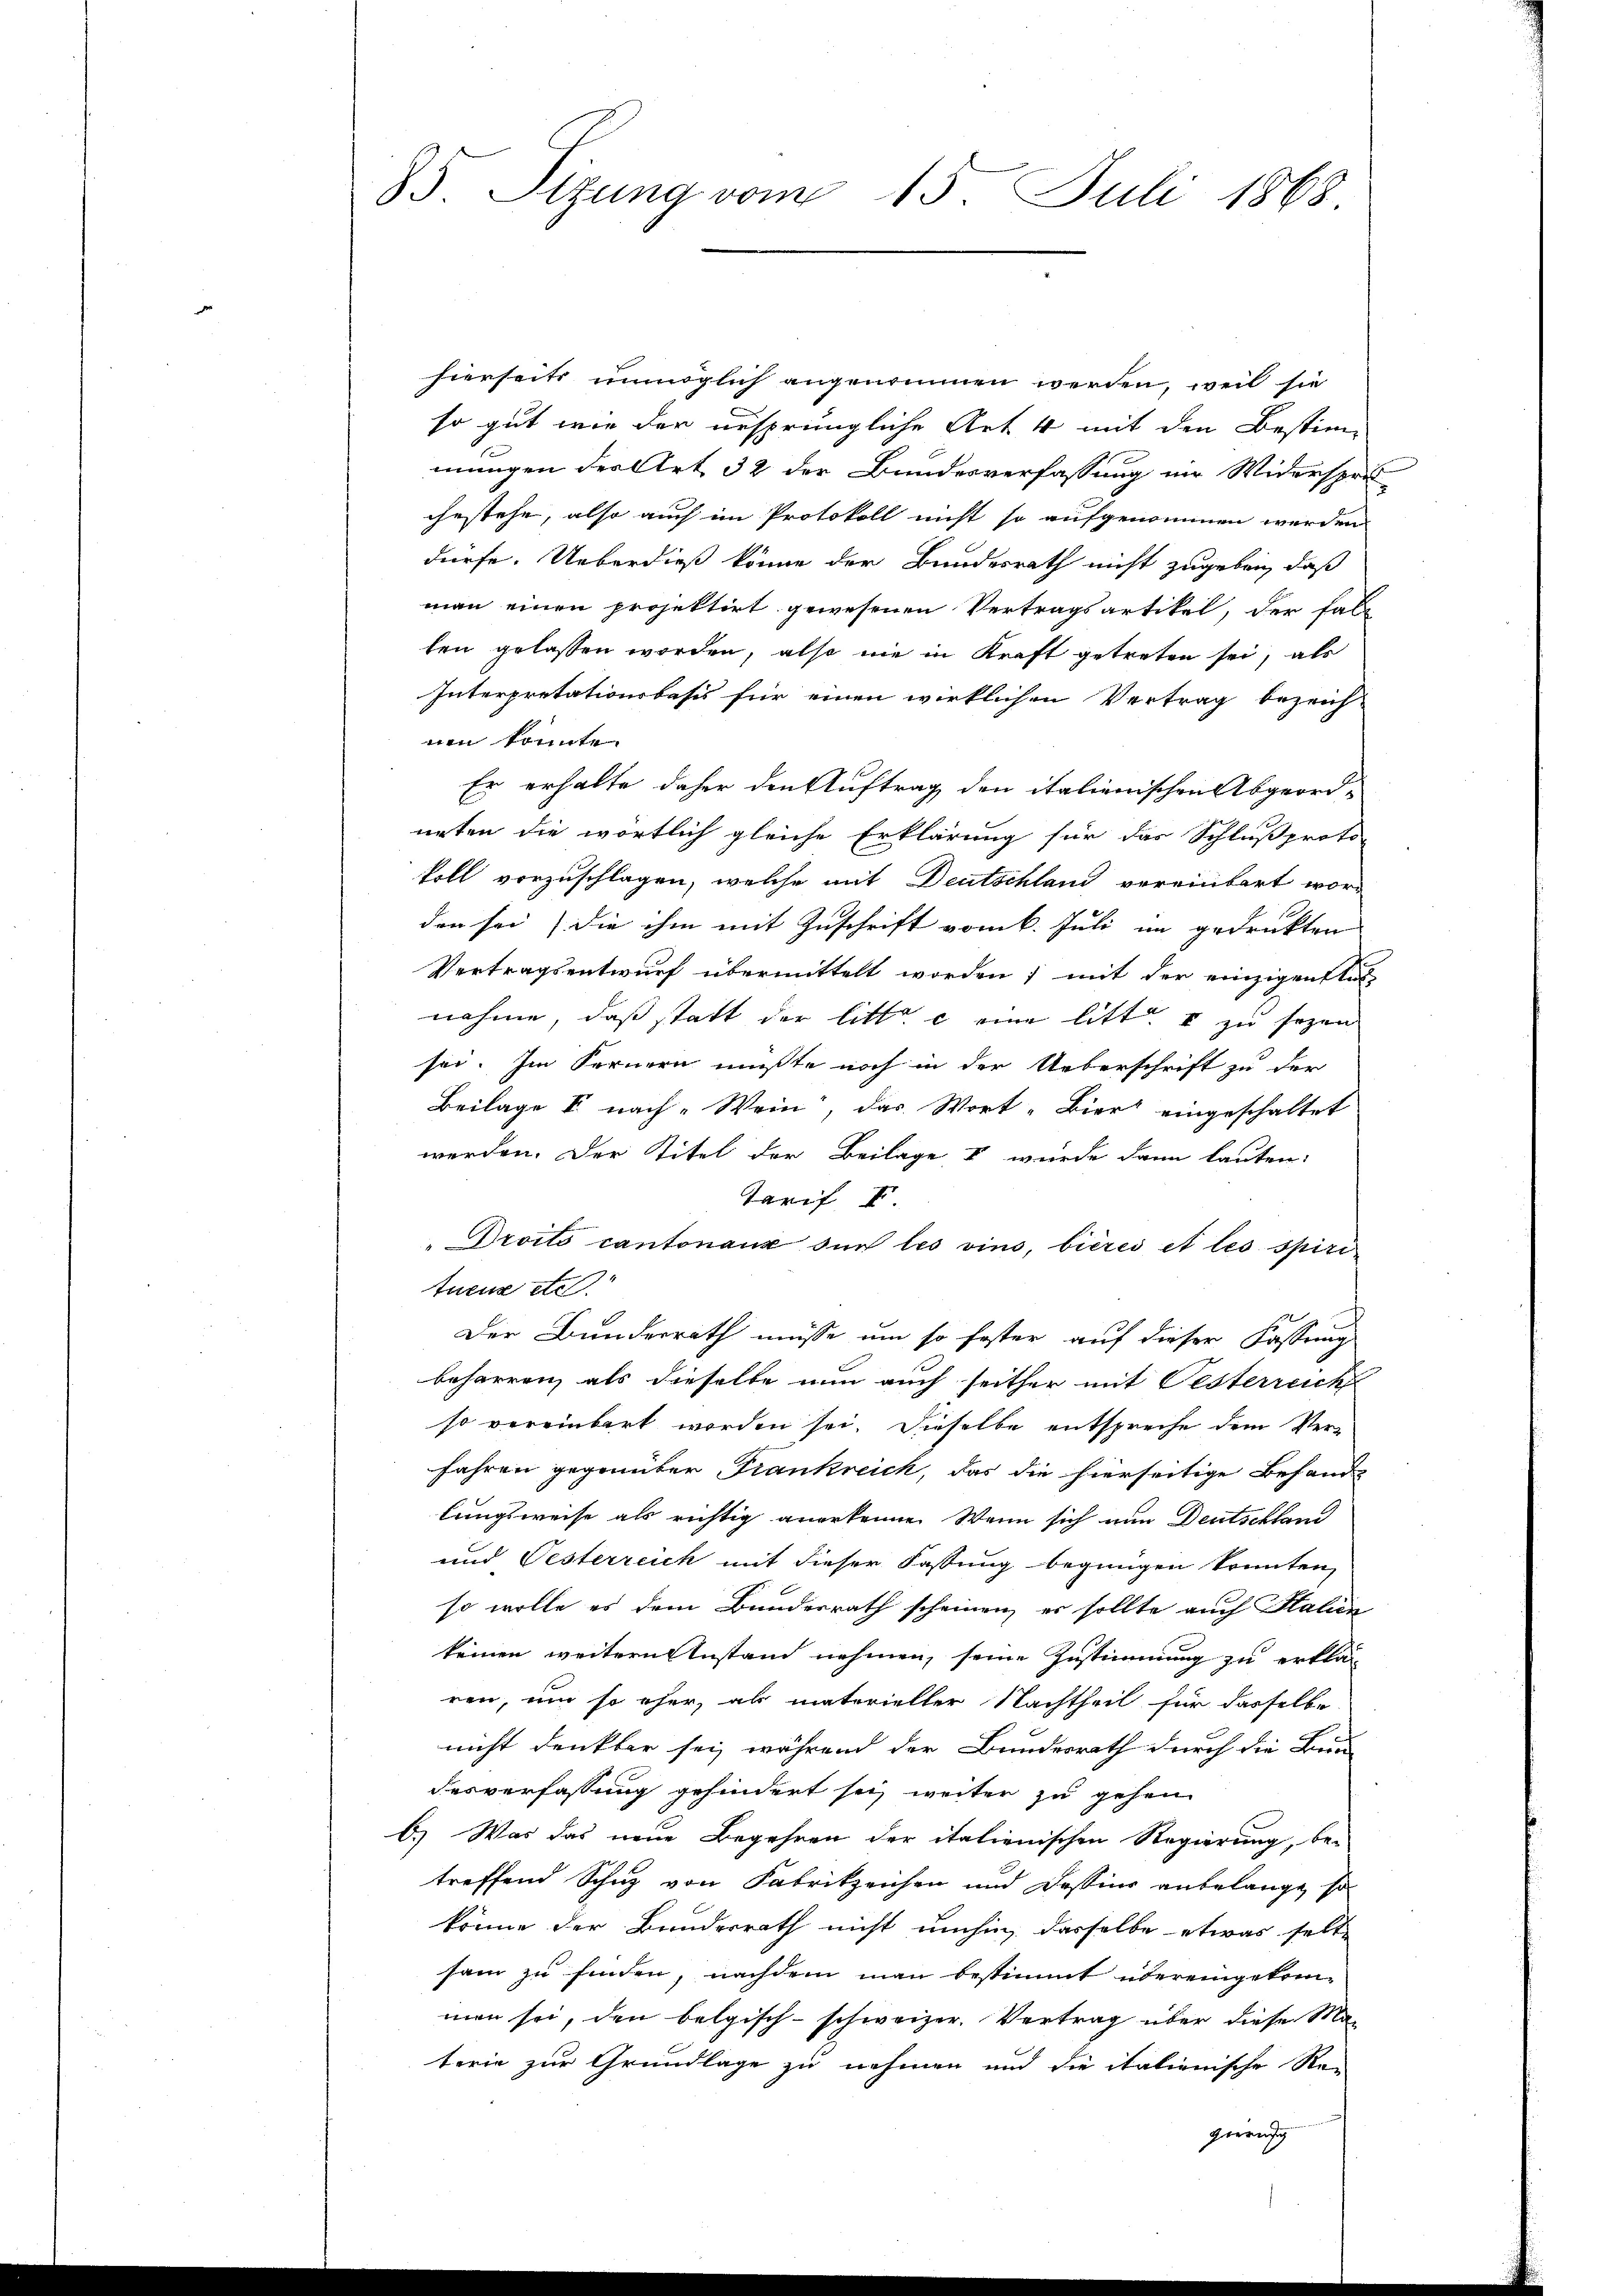
85. Sizung vom 15. Juli 1868.

hierseits unmöglich angenommen werden, weil sie
so gut wie der ursprüngliche Art 4 mit den Bestimmungen der Art 32 der Bundesverfassung im Widerspri
ghestehe, also auch im Protokoll nicht so aufgenommen werden
dürfe. Ueberdieß könne der Bundesrath nicht zugeben, daß
man einen projektirt gewesenen Vertragsartikel, der Fall
len gelassen worden, also nie in Kraft getreten sei, als
Interpretationsbasis für einen wirklichen Vertrag bezeich-
nen konnte
Er erhalte daher den Auftrag den italienischen Abgeord-
neten die wörtlich gleiche Erklärung für das Schlußproto
koll vorzuschlagen, welche mit Deutschland vereinbart worden sei, die ihm mit Zuschrift vom 6. Juli im gedrukten
Vertragsentwurf übermittelt worden; mit der einzigenstal
nahme, daß statt der litt. c eine litt. I zu sezen
sei. Im Fernern müßte noch in der Ueberschrift zu der
Beilage k. nach Wein, das Wort „Bier eingeschaltet.
werden. Der Titel der Beilage & wurde dann lauten:
Tarif I
"Droits cantonaux sur les vins, bières et les spiri
tueux etc.
Der Bunderrath müsse um so fester auf dieser Fassung
beharren, als dieselbe nun auch seither mit Oesterreich
so vereinbart worden sei. Dieselbe entspreche dem Verfahren gegenüber Frankreich, das die hierseitige Befand-
lungsweise als richtig anerkenne. Wenn sich nun Deutschland
und Oesterreich mit dieser Fassung begnügen könnten,
so wolle es dem Bundesrath scheinen, er sollte auch Salien
keinen weitern Anstand nehmen, seine Zustimmung zu erklär
ren, um so eher, als materieller Nachtheil für dasselbe
nicht denkbar sei, während der Bundesrath durch die Bein
desverfassung gehindert sei, weiter zu gehen
b.) Was das neue Begehren der italienischen Regierung, be-
treffend Schuz von Fabrikzeichen und Dessins anbelange, so
könne der Bunderrath nicht umhin, dasselbe etwas selte
sam zu finden, nachdem man bestimmt übereingekrin-
men sei, den belgisch-schweizer. Vertrag über diese Materie zur Grundlage zu nehmen und die italienische Re-
gerung